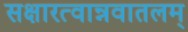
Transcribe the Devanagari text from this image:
सक्षारत्वान्नवातलम्